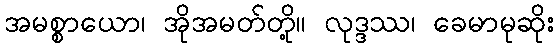
အမစ္စာယော၊ အိုအမတ်တို့။ လုဒ္ဒဿ၊ ခေမာမုဆိုး